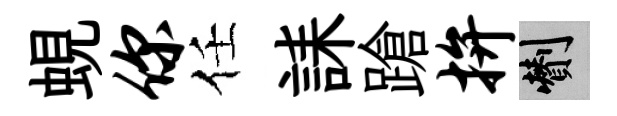
蜆你任誄蹌拚剪